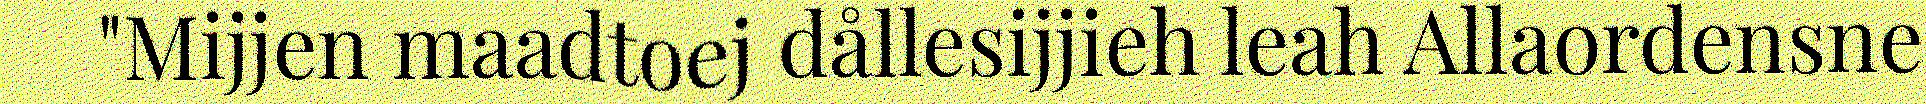
"Mijjen maadtoej dållesijjieh leah Allaordensne